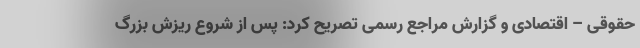
حقوقی – اقتصادی و گزارش مراجع رسمی تصریح کرد: پس از شروع ریزش بزرگ